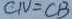
C N = C B